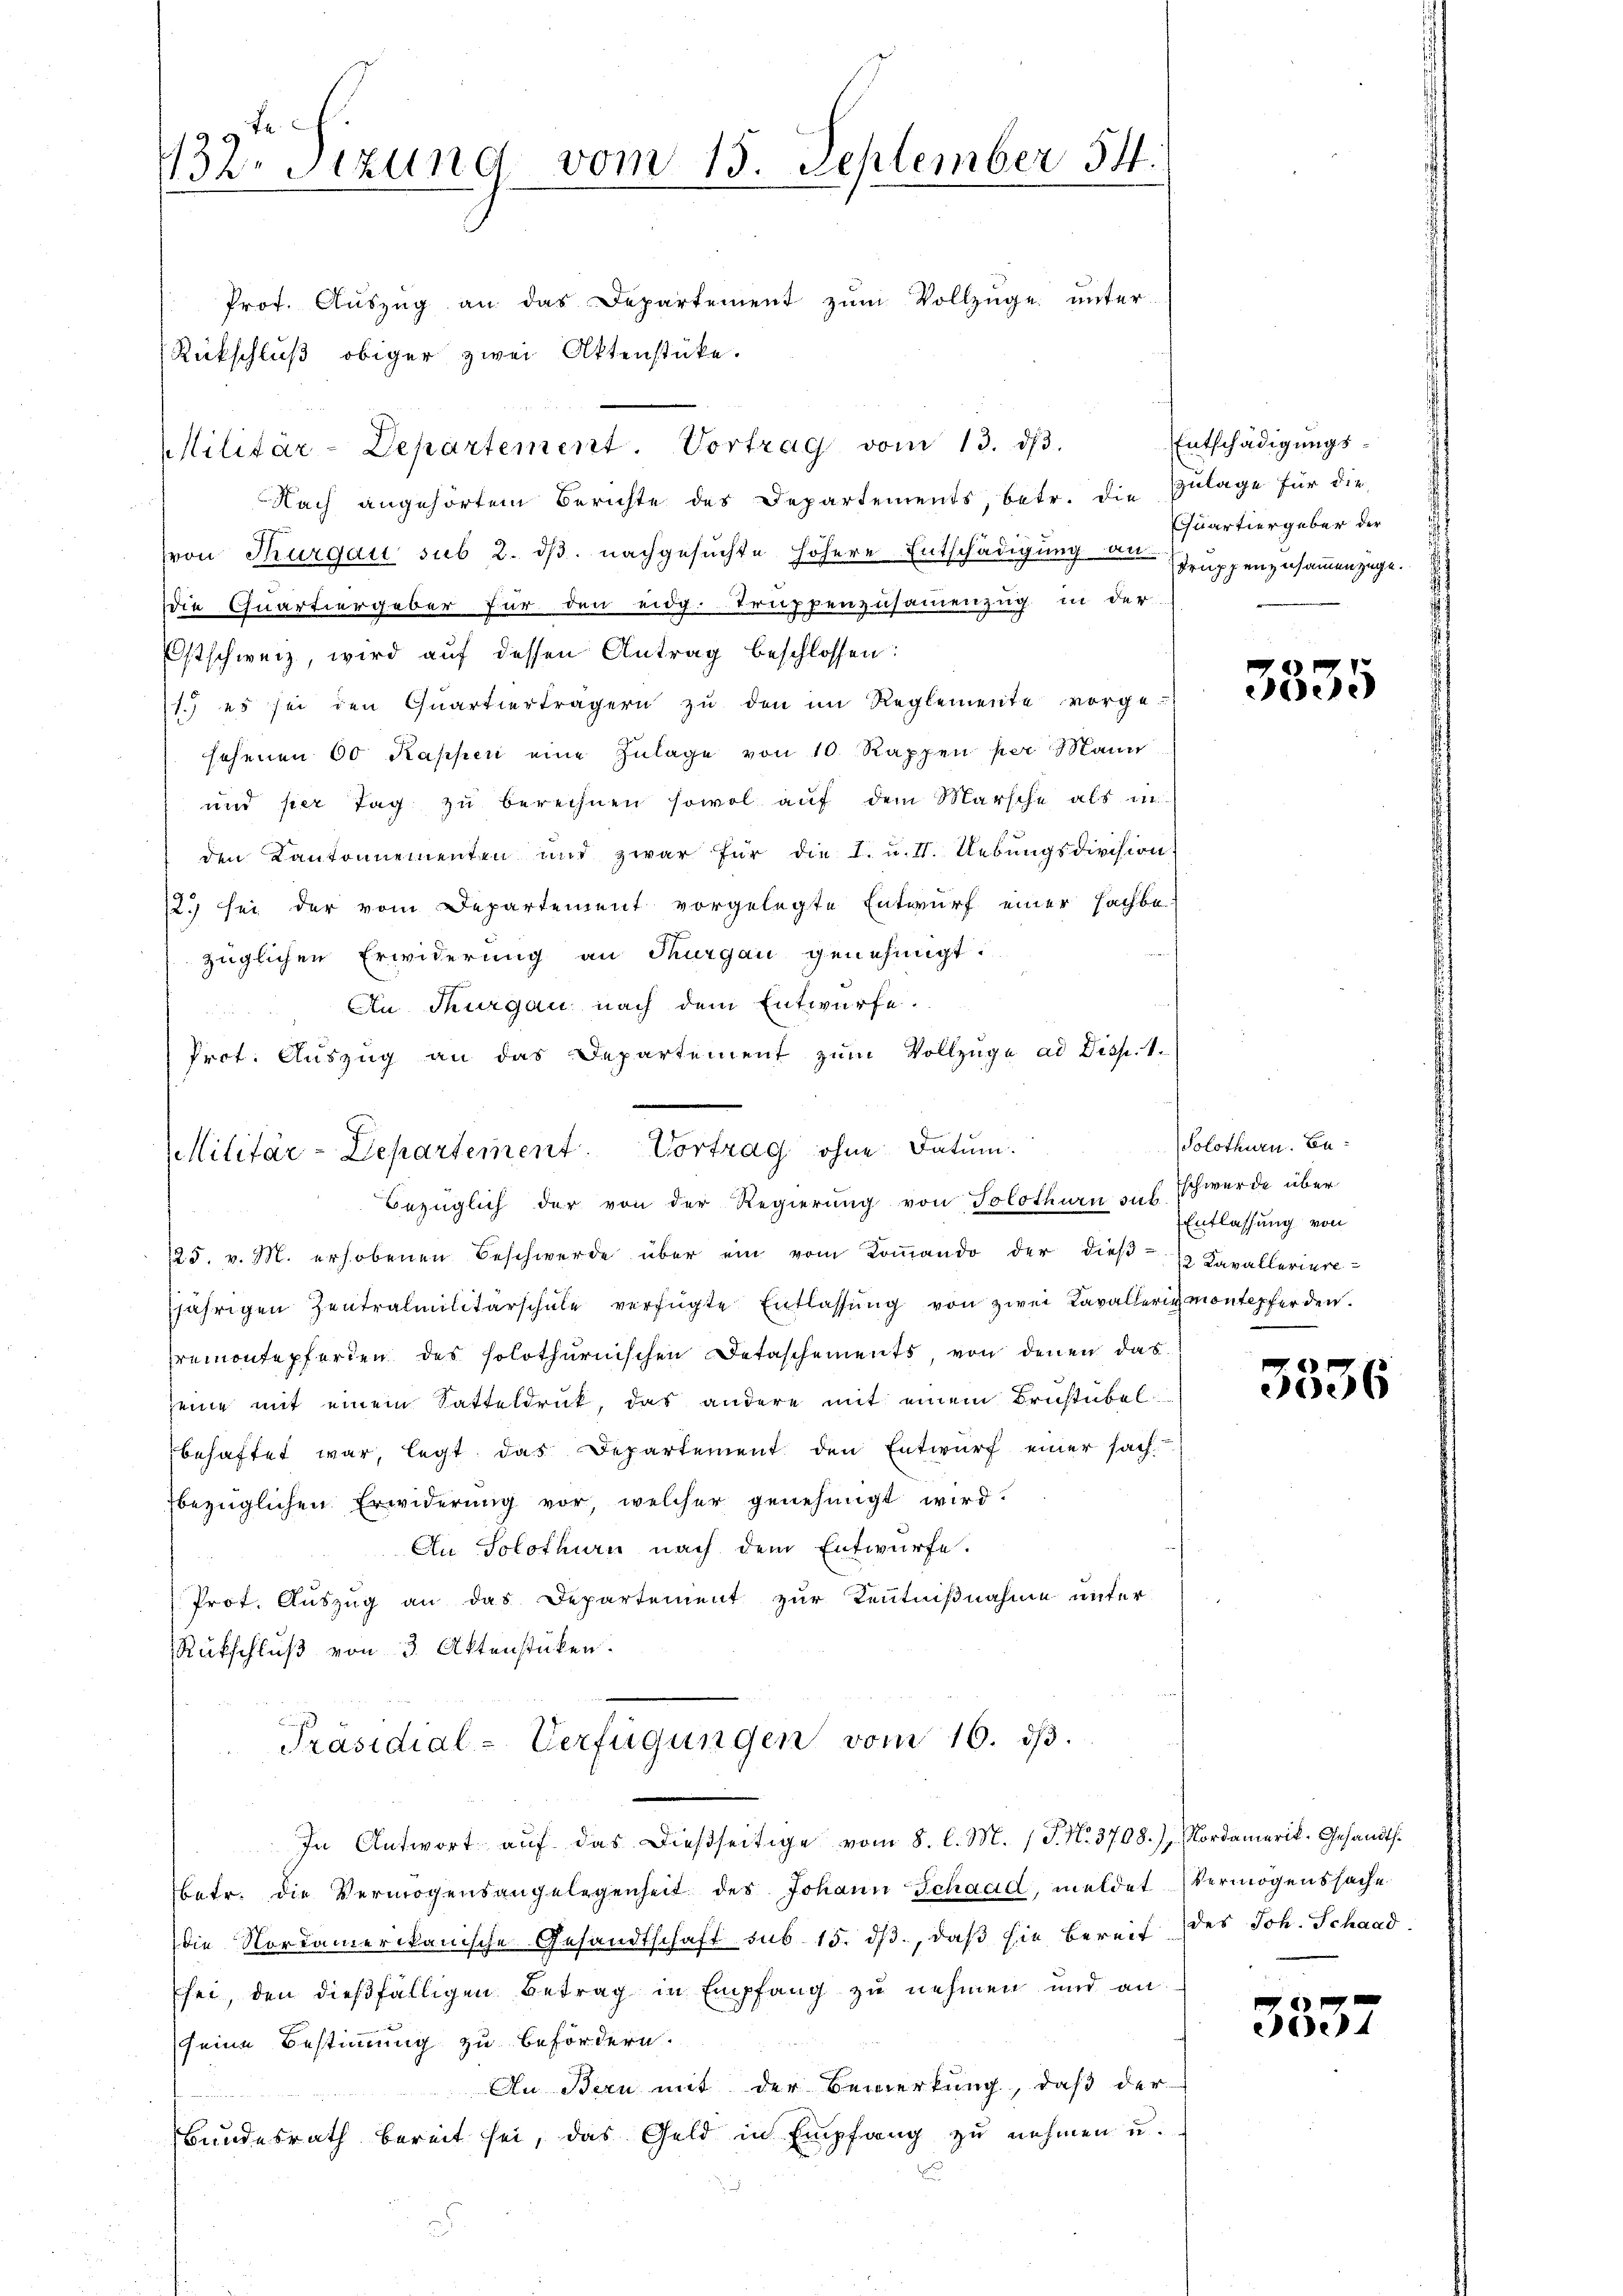
132. Sitzung vom 15. September 54.
Prof. Aŭszŭg an das Departement zŭm Vollzüge unter

Rückschluß obiger zwei Aktenstücke.
Nach angehörtem Berichte des Departements, betr. die Zulage für die
von Thurgau sub 2. dß. nachgesuchte höhere Entschädigung an Gruppenzusammenzugedie Quartiergeber für den eidg. Truppenzusammenzug in der
Ostschweiz, wird auf dessen Antrag beschlossen:
1.) es sei den Quartierträgern zŭ den im Reglemente vorgesehenen 60 Kappen eine Zulage von 10. Rappen per Mann
und per Tag zu berechnen sowol auf dem Marsche als in
den Cantonnementen und zwar für die I. u. II. Uebungsdivision
2. sei der vom Departement vorgelegte Entwurf einer sachbe
züglichen Erwiderung an Thurgau genehmigt.
An Thurgau nach dem Entwürfe.
Prot. Aŭszŭg an das Departement zŭm Vollzüge ad Disp. 1.
Bezüglich der von der Regierung von Solothurn sub. Schwerde über
125. v. M. erhobenen Beschwerde über ein vom Koṁando der dieβ-12 Kavalleriere-
jährigen Zentralmilitärschule verfügte Entlassŭng von zwei Kavallerich montepferden.
Premontepferden des solothurnischen Detaschements, von denen das
seine mit einem Satteldruck, das andere mit einem Brustübel
behaftet war, legt das Departement den Entwurf einer sach-
bezüglichen Erwiderung vor, welcher genehmigt wird.
An Solothurn nach dem Entwürfe.
Prot. Auszug an das Departement zur Kenntnißnahme unter
Rückschluß von 3. Aktenstücken.
Präsidial-Verfügungen vom 16. ds.
In Antwort auf das dießseitige vom 8. l. M. (T. N. 3708.), Nordamerik. Gesandtsbetr. die Vermögensangelegenheit des Johann Schaad, meldet Vermögenssache
die Nordamerikanische Gesandtschaft sub 15. dβ, daß sie bereit des Joh. Schaad.
sei, den dießfälligen Betrag in Empfang zu nehmen und an
seine Bestimmung zu befördern.
In Bern mit der Bemerkung, daß der
Bundesrath bereit sei, das Geld in Empfang zu nehmen u.

Militär-Departement Vortrag vom 13. dβ.

Militär-Departement. Vortrag ohne Datum.

Entschädigungs
Quartiergeber der

3535

Solothurn. Be¬
Entlassung von

3336

2
e